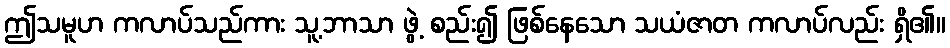
ဤသမူဟ ကလာပ်သည်ကား သူ့ဘာသာ ဖွဲ့ စည်း၍ ဖြစ်နေသော သယံဇာတ ကလာပ်လည်း ရှိ၏။